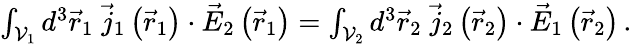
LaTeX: \begin{array}{r}{\int_{\mathcal{V}_{1}}d^{3}\vec{r}_{1}\; \vec{j}_{1}\left(\vec{r}_{1}\right)\cdot\vec{E}_{2}\left(\vec{r}_{1}\right)=\int_{\mathcal{V}_{2}}d^{3}\vec{r}_{2}\; \vec{j}_{2}\left(\vec{r}_{2}\right)\cdot\vec{E}_{1}\left(\vec{r}_{2}\right)\, .}\end{array}